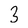
Character: 3